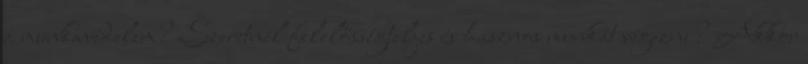
a munkavédelem? Szeretnél felelősségteljes és hasznos munkát végezni? Akkor